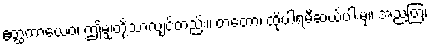
ဧတ္ထကာယေဝ၊ ဤမျှတို့သာလျှင်တည်း။ တတော၊ ထိုပါရမီဆယ်ပါးမှ။ အညတြ၊